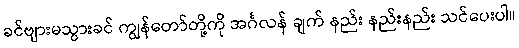
ခင်ဗျားမသွားခင် ကျွန်တော်တို့ကို အင်္ဂလန် ချက် နည်း နည်းနည်း သင်ပေးပါ။